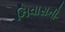
નિવાસની